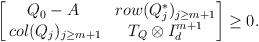
LaTeX: \begin{align*}\begin{bmatrix} Q_0-A & row(Q_j^*)_{j\geq m+1}\\ \:col(Q_j)_{j\geq m+1} & T_Q \otimes I_d^{m+1} \end{bmatrix} \geq 0.\end{align*}